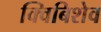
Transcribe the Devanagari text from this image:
क्विबिशेव